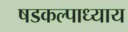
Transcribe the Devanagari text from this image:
षडकल्पाध्याय